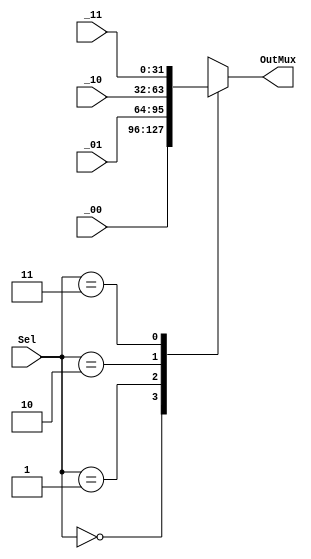
//mux especial para la entrada de la ALU, con tres entradas

module Mux4(
input [31:0] _00,
input [31:0] _01,
input [31:0] _10,
input [31:0] _11,
input [1:0] Sel,
output [31:0] OutMux
);
reg [31:0] OutMux_reg;
always@(*) begin
	case(Sel)
		2'b00: begin
			OutMux_reg = _00;
		end
		2'b01: begin
			OutMux_reg = _01;
		end
		2'b10: begin
			OutMux_reg = _10;
		end
		2'b11: begin
			OutMux_reg = _11;
		end
		default: begin
			OutMux_reg = _00;
		end
	endcase	
end
assign OutMux = OutMux_reg;
endmodule //Mux4